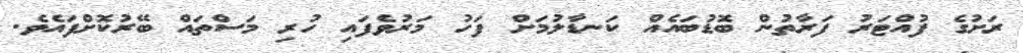
ރަށުގެ ފުއްޓަރު ފަރާތުން ބޮޑުބައެއް ކަނޑާލުމަށް ފަހު މަރުވެފައި ހުރި މަސްތައް ބޭރުކޮށްފައެވެ.